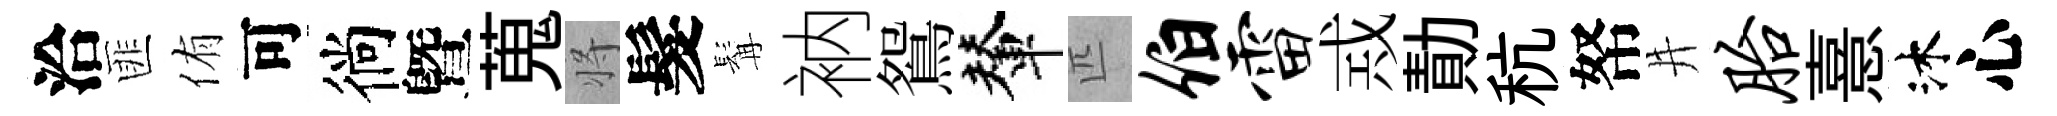
洽匪侑可徜曁蒐将髮髯衲鴛輦匹伯雷𢦶勣秔帑井胎憙沐心